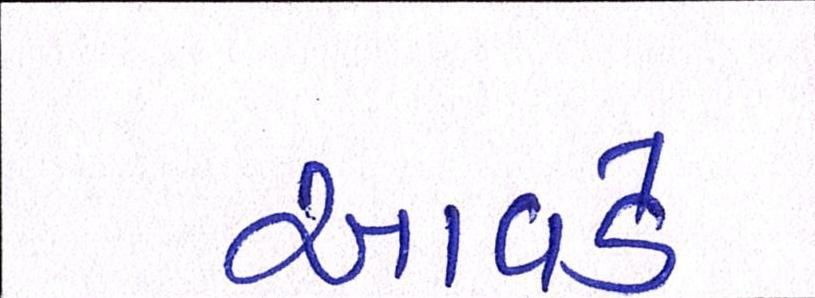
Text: આવડે